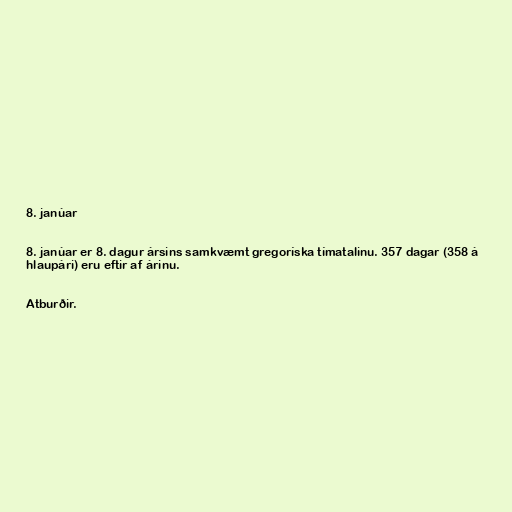
8. janúar

8. janúar er 8. dagur ársins samkvæmt gregoríska tímatalinu. 357 dagar (358 á
hlaupári) eru eftir af árinu.

Atburðir.